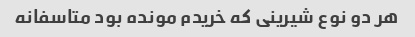
هر دو‌ نوع شیرینی که خریدم مونده بود متاسفانه